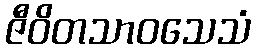
ဇီဝိတသာဝသေသံ